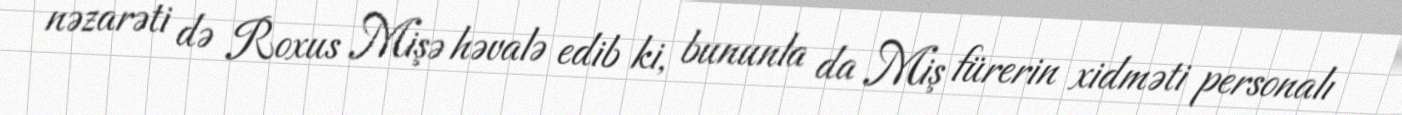
nəzarəti də Roxus Mişə həvalə edib ki, bununla da Miş fürerin xidməti personalı